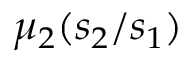
\mu _ { 2 } ( s _ { 2 } / s _ { 1 } )